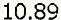
10.89